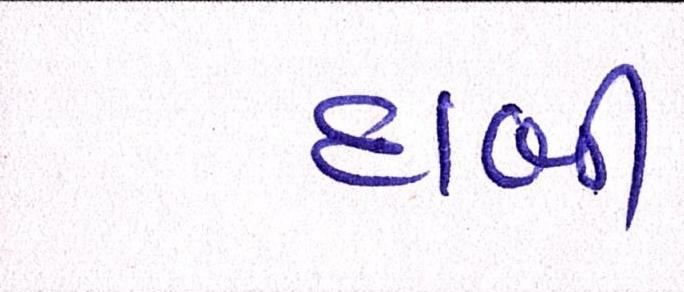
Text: દાબી